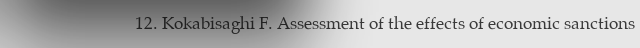
12. Kokabisaghi F. Assessment of the effects of economic sanctions